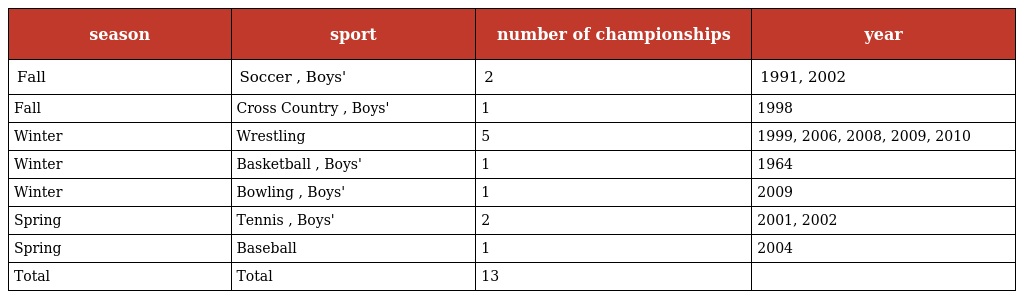
| season | sport | number of championships | year |
 | --- | --- | --- | --- |
 | Fall | Soccer , Boys' | 2 | 1991, 2002 |
 | Fall | Cross Country , Boys' | 1 | 1998 |
 | Winter | Wrestling | 5 | 1999, 2006, 2008, 2009, 2010 |
 | Winter | Basketball , Boys' | 1 | 1964 |
 | Winter | Bowling , Boys' | 1 | 2009 |
 | Spring | Tennis , Boys' | 2 | 2001, 2002 |
 | Spring | Baseball | 1 | 2004 |
 | Total | Total | 13 |  |